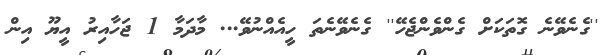
''ގެނެވޭނެ ގޮތަކަށް ގެންވެންޖެހޭ'' ގެނެވޭނެތަ ހީއެއްނުވޭ... މާދަމާ 1 ޖަހާއިރު އީޔޫ އިން